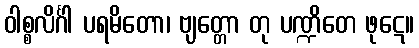
ဝါစ္စလိင်္ဂါ ပရမိတော၊ ဗျတ္တော တု ပဏ္ဍိတေ ဖုဋေ။